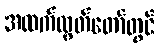
အထက်လွှတ်တော်တွင်